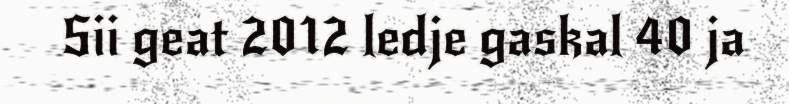
Sii geat 2012 ledje gaskal 40 ja